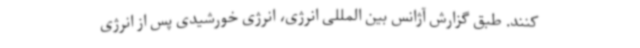
کنند. طبق گزارش آژانس بین المللی انرژی، انرژی خورشیدی پس از انرژی